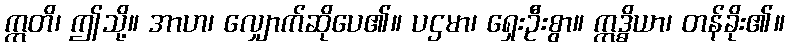
ဣတိ၊ ဤသို့။ အာဟ၊ လျှောက်ဆိုပေ၏။ ပဌမာ၊ ရှေးဦးစွာ။ ဣဒ္ဓိယာ၊ တန်ခိုး၏။